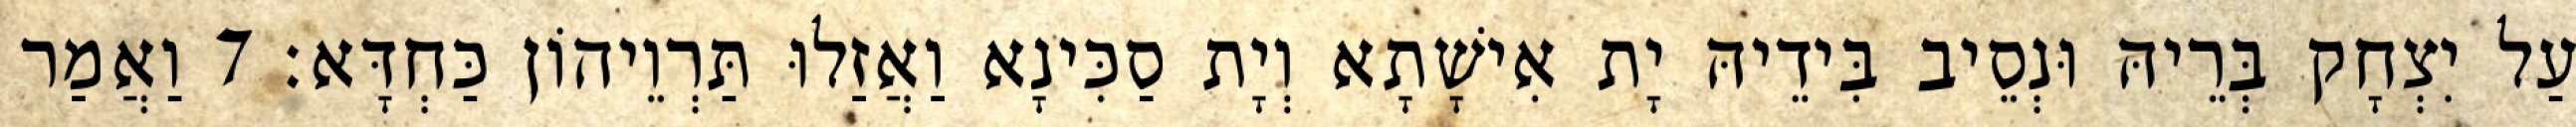
עַל יִצְחָק בְּרֵיהּ וּנְסֵיב בִּידֵיהּ יָת אִישָׁתָא וְיָת סַכִּינָא וַאֲזַלוּ תַּרְוֵיהוֹן כַּחְדָּא׃ 7 וַאֲמַר